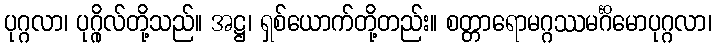
ပုဂ္ဂလာ၊ ပုဂ္ဂိုလ်တို့သည်။ အဋ္ဌ၊ ရှစ်ယောက်တို့တည်း။ စတ္တာရောမဂ္ဂဿမင်္ဂိမောပုဂ္ဂလာ၊